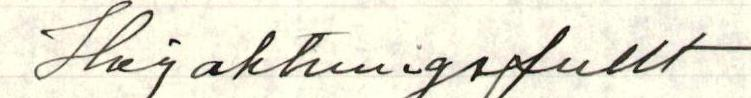
Högaktningsfullt